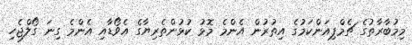
މިމުބާރާތުގެ ޗެމްޕިއަންކަމުގެ އިތުރުން އެންމެ މޮޅު ކުޅުންތެރިޔާގެ އެވޯޑާއި އެންމެ ގިނަ ގޯލްޖެހި